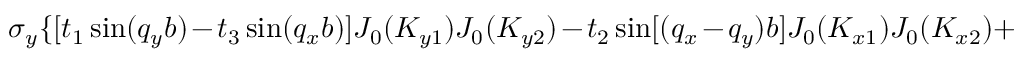
\sigma _ { y } \{ [ t _ { 1 } \sin ( q _ { y } b ) - t _ { 3 } \sin ( q _ { x } b ) ] J _ { 0 } ( K _ { y 1 } ) J _ { 0 } ( K _ { y 2 } ) - t _ { 2 } \sin [ ( q _ { x } - q _ { y } ) b ] J _ { 0 } ( K _ { x 1 } ) J _ { 0 } ( K _ { x 2 } ) +